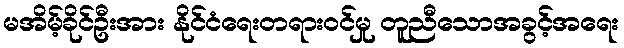
မအိမ့်ခိုင်ဦးအား နိုင်ငံရေးတရားဝင်မှု တူညီသောအခွင့်အရေး